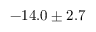
- 1 4 . 0 \pm 2 . 7